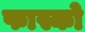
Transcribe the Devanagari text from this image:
फास्को